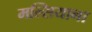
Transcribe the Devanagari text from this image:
मल्सियाना